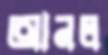
আনল